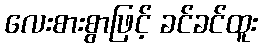
လေးစားစွာဖြင့် ခင်ခင်ထူး